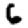
Digit: 6